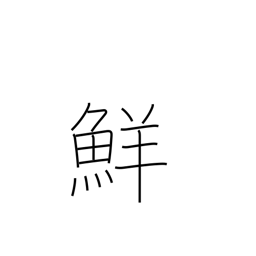
Meaning: fresh